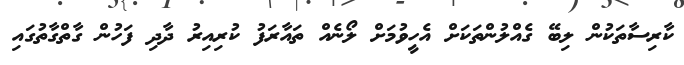
ކާރިސާތަކުން ލިބޭ ގެއްލުންތަކަށް އެހީވުމަށް ލޯނެއް ތައާރަފު ކުރިއިރު ދާދި ފަހުން ގާތްގާތުގައި